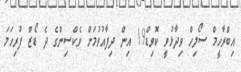
އިބްރާހީމް ސޯލިހް ވިދާޅުވީ ކޮވިޑް19 އިން ދިފާއުވުމަށް ވެކްސިންގެ ދެ ޑޯޒް ފުރިހަމަ